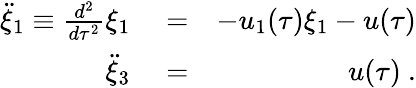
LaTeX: \begin{array}{rlr}{\ddot{\xi}_{1}\equiv\frac{d^{2}}{d\tau^{2}}\xi_{1}}&{{}=}&{-u_{1}(\tau)\xi_{1}-u(\tau)}\\ {\ddot{\xi}_{3}}&{{}=}&{u(\tau)~.}\end{array}